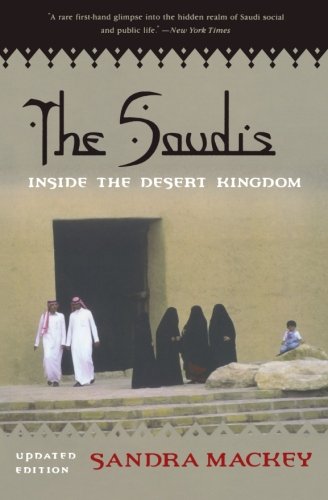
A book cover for The Saudis: Inside the Desert Kingdom; Sandra Mackey; History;